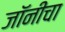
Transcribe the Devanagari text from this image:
जॉनीचा